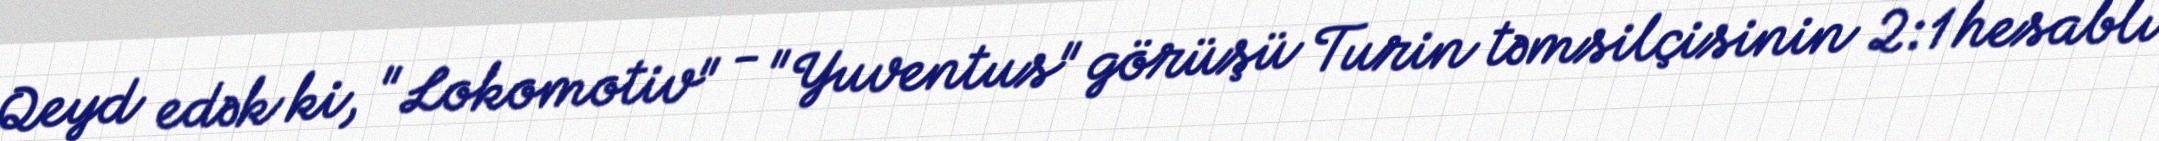
Qeyd edək ki, "Lokomotiv" - "Yuventus" görüşü Turin təmsilçisinin 2:1 hesablı